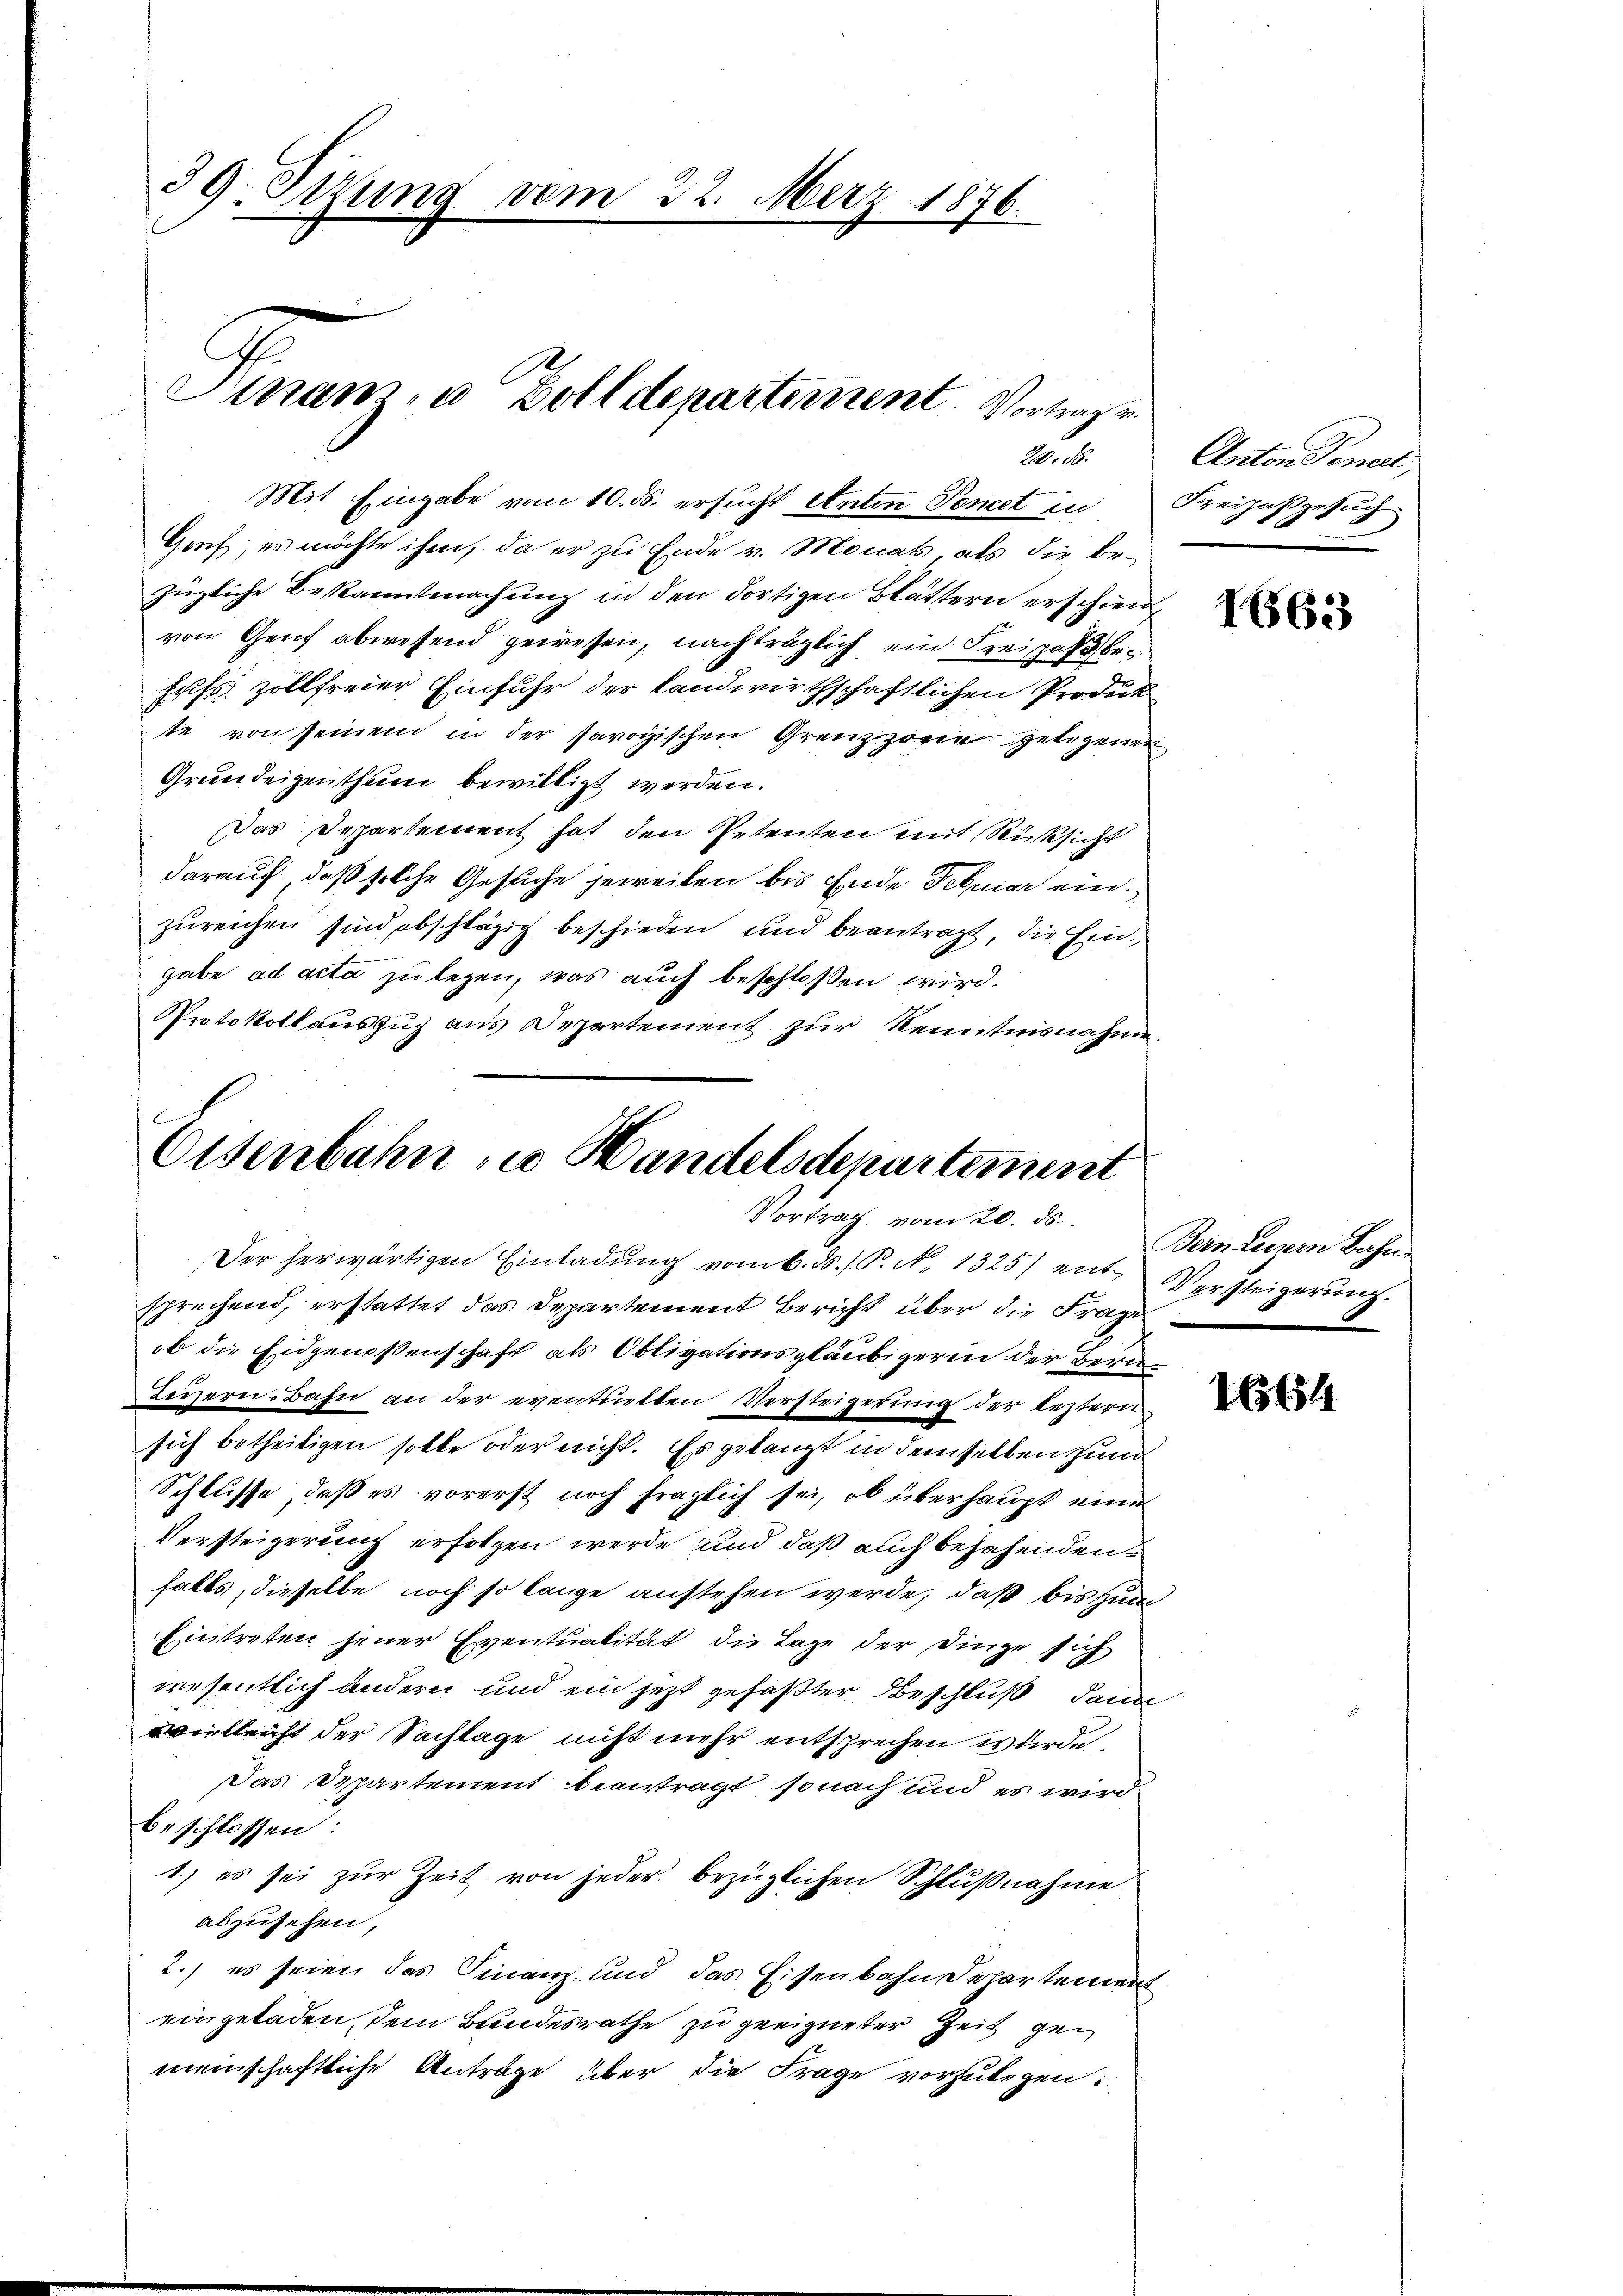
39. Sitzung vom 22. März 1876.
Sinam, u. Zolldepartement. Vortragen

20. 56.

Mit Eingabe vom 10. ds. ersucht Anton Poncet in Kreizahgesuch
Gruf, es möchte ihm, da er zu Ende v. Monat als die be-
zügliche Bekanntmachung in den dortigen Blättern erschien
von Genf abwesend gewesen, nachträglich ein Freispaß behufs Zollfreier Einfuhr der landwirthschaftlichen Produk
te von seinem in der savoyischen Grenzzorie gelegenen
Grundeigenthum bewilligt werden.
Das Departement hat den Petenten mit Rücksicht
darauf, daß solche Gesuche jeweiten bis Ende Februar einzureichen sind abschlägig beschieden und beantragt, die Eingabe ad acta zu legen, was auch beschlossen wird.
Protokollauszug aus Departement zur Kenntnisnahme.

Osenbahn zu Handelsdepartement
Vortrag vom 20. ds. Bern Leigen Bahn

Der herwärtigen Einladŭng vom 6. ds. / P. No. 1325) ent-Versteigerŭng.
sprechend, erstattet das Departement Bericht über die Frage
ob die Eidgenossenschaft als Obligationsgläubigerin der Bern¬
Teizern-Bahn an der eventurten Versteigerung der leztern
sich betheiligen solle oder nicht. Es gelangt in demselben zum
Schlüsse, daß es vorerst noch fraglich sei, ob überhaupt eine
Versteigerung erfolgen werde und daß auch besahenden
falls, dieselbe noch so lange anstehen werde, daß bis zum
Eintreten jener Eventualität die Lage der Dinge sich
wesentlich andern und ein jetzt gefaßter Beschluß dann
vielleicht der Sachlage nicht mehr entsprechen wurde.
Das Departement beantragt, sonach und es wird
beschlossen:
1.) es sei zur Zeit von jeder bezüglichen Schlußnahme
abzusehen,
2.) es seien das Finanz- und das Eisenbahndepartement
eingeladen, dem Bundesrathe zu geeigneter Zeit gemeinschaftliche Anträge über die Frage vorzulegen.

Anton Tonert,

1663

1664